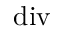
\operatorname { d i v }